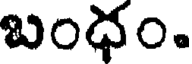
బంధం.